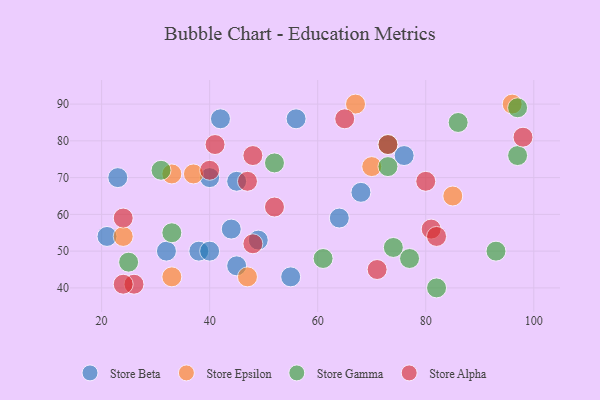
{"axis": {"x": "GDP", "y": "Life Expectancy"}, "legend": ["Store Alpha", "Store Beta", "Store Epsilon", "Store Gamma"], "data": [{"x": "45", "y": 46, "type": "Store Beta"}, {"x": "38", "y": 50, "type": "Store Beta"}, {"x": "55", "y": 43, "type": "Store Beta"}, {"x": "21", "y": 54, "type": "Store Beta"}, {"x": "40", "y": 50, "type": "Store Beta"}, {"x": "68", "y": 66, "type": "Store Beta"}, {"x": "40", "y": 70, "type": "Store Beta"}, {"x": "32", "y": 50, "type": "Store Beta"}, {"x": "64", "y": 59, "type": "Store Beta"}, {"x": "49", "y": 53, "type": "Store Beta"}, {"x": "23", "y": 70, "type": "Store Beta"}, {"x": "56", "y": 86, "type": "Store Beta"}, {"x": "44", "y": 56, "type": "Store Beta"}, {"x": "45", "y": 69, "type": "Store Beta"}, {"x": "76", "y": 76, "type": "Store Beta"}, {"x": "42", "y": 86, "type": "Store Beta"}, {"x": "70", "y": 73, "type": "Store Epsilon"}, {"x": "24", "y": 54, "type": "Store Epsilon"}, {"x": "47", "y": 43, "type": "Store Epsilon"}, {"x": "85", "y": 65, "type": "Store Epsilon"}, {"x": "33", "y": 43, "type": "Store Epsilon"}, {"x": "33", "y": 71, "type": "Store Epsilon"}, {"x": "96", "y": 90, "type": "Store Epsilon"}, {"x": "67", "y": 90, "type": "Store Epsilon"}, {"x": "37", "y": 71, "type": "Store Epsilon"}, {"x": "97", "y": 89, "type": "Store Gamma"}, {"x": "86", "y": 85, "type": "Store Gamma"}, {"x": "73", "y": 73, "type": "Store Gamma"}, {"x": "31", "y": 72, "type": "Store Gamma"}, {"x": "74", "y": 51, "type": "Store Gamma"}, {"x": "93", "y": 50, "type": "Store Gamma"}, {"x": "82", "y": 40, "type": "Store Gamma"}, {"x": "77", "y": 48, "type": "Store Gamma"}, {"x": "25", "y": 47, "type": "Store Gamma"}, {"x": "61", "y": 48, "type": "Store Gamma"}, {"x": "33", "y": 55, "type": "Store Gamma"}, {"x": "52", "y": 74, "type": "Store Gamma"}, {"x": "73", "y": 79, "type": "Store Gamma"}, {"x": "97", "y": 76, "type": "Store Gamma"}, {"x": "71", "y": 45, "type": "Store Alpha"}, {"x": "81", "y": 56, "type": "Store Alpha"}, {"x": "47", "y": 69, "type": "Store Alpha"}, {"x": "82", "y": 54, "type": "Store Alpha"}, {"x": "98", "y": 81, "type": "Store Alpha"}, {"x": "73", "y": 79, "type": "Store Alpha"}, {"x": "48", "y": 52, "type": "Store Alpha"}, {"x": "40", "y": 72, "type": "Store Alpha"}, {"x": "48", "y": 76, "type": "Store Alpha"}, {"x": "80", "y": 69, "type": "Store Alpha"}, {"x": "52", "y": 62, "type": "Store Alpha"}, {"x": "41", "y": 79, "type": "Store Alpha"}, {"x": "65", "y": 86, "type": "Store Alpha"}, {"x": "26", "y": 41, "type": "Store Alpha"}, {"x": "24", "y": 41, "type": "Store Alpha"}, {"x": "24", "y": 59, "type": "Store Alpha"}]}